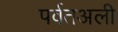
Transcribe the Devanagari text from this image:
पर्वतअली